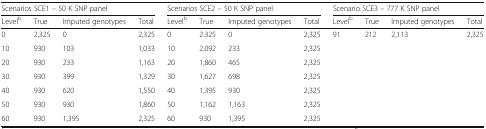
<table><thead><tr><td colspan="4"><b>Scenarios SCE1 – 50 K SNP panel</b></td><td colspan="4"><b>Scenarios SCE2 – 50 K SNP panel</b></td><td colspan="4"><b>Scenario SCE3 – 777 K SNP panel</b></td></tr><tr><td><b>Level<sup>b</sup></b></td><td><b>True</b></td><td><b>Imputed genotypes</b></td><td><b>Total</b></td><td><b>Level<sup>b</sup></b></td><td><b>True</b></td><td><b>Imputed genotypes</b></td><td><b>Total</b></td><td><b>Level<sup>b</sup></b></td><td><b>True</b></td><td><b>Imputed genotypes</b></td><td><b>Total</b></td></tr></thead><tbody><tr><td>0</td><td>2,325</td><td>0</td><td>2,325</td><td>0</td><td>2.325</td><td>0</td><td>2,325</td><td>91</td><td>212</td><td>2,113</td><td>2,325</td></tr><tr><td>10</td><td>930</td><td>103</td><td>1,033</td><td>10</td><td>2,092</td><td>233</td><td>2,325</td><td></td><td></td><td></td><td></td></tr><tr><td>20</td><td>930</td><td>233</td><td>1,163</td><td>20</td><td>1,860</td><td>465</td><td>2,325</td><td></td><td></td><td></td><td></td></tr><tr><td>30</td><td>930</td><td>399</td><td>1,329</td><td>30</td><td>1,627</td><td>698</td><td>2,325</td><td></td><td></td><td></td><td></td></tr><tr><td>40</td><td>930</td><td>620</td><td>1,550</td><td>40</td><td>1,395</td><td>930</td><td>2,325</td><td></td><td></td><td></td><td></td></tr><tr><td>50</td><td>930</td><td>930</td><td>1,860</td><td>50</td><td>1,162</td><td>1,163</td><td>2,325</td><td></td><td></td><td></td><td></td></tr><tr><td>60</td><td>930</td><td>1,395</td><td>2,325</td><td>60</td><td>930</td><td>1,395</td><td>2,325</td><td></td><td></td><td></td><td></td></tr></tbody></table>